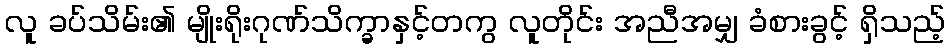
လူ ခပ်သိမ်း၏ မျိုးရိုးဂုဏ်သိက္ခာနှင့်တကွ လူတိုင်း အညီအမျှ ခံစားခွင့် ရှိသည့်